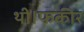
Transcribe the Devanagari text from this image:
थी।फकीर